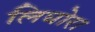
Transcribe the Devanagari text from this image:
लिघोरा